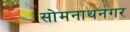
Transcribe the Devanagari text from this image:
सोमनाथनगर